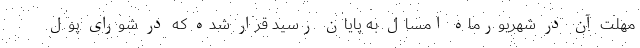
مهلت آن در شهریورماه امسال به پایان رسید قرار شده که در شورای پول